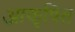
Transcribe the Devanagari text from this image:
आकृषित